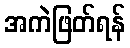
အကဲဖြတ်ရန်